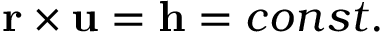
\mathbf { r } \times \mathbf { u } = \mathbf { h } = c o n s t .